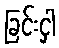
ခြင်းငှါ